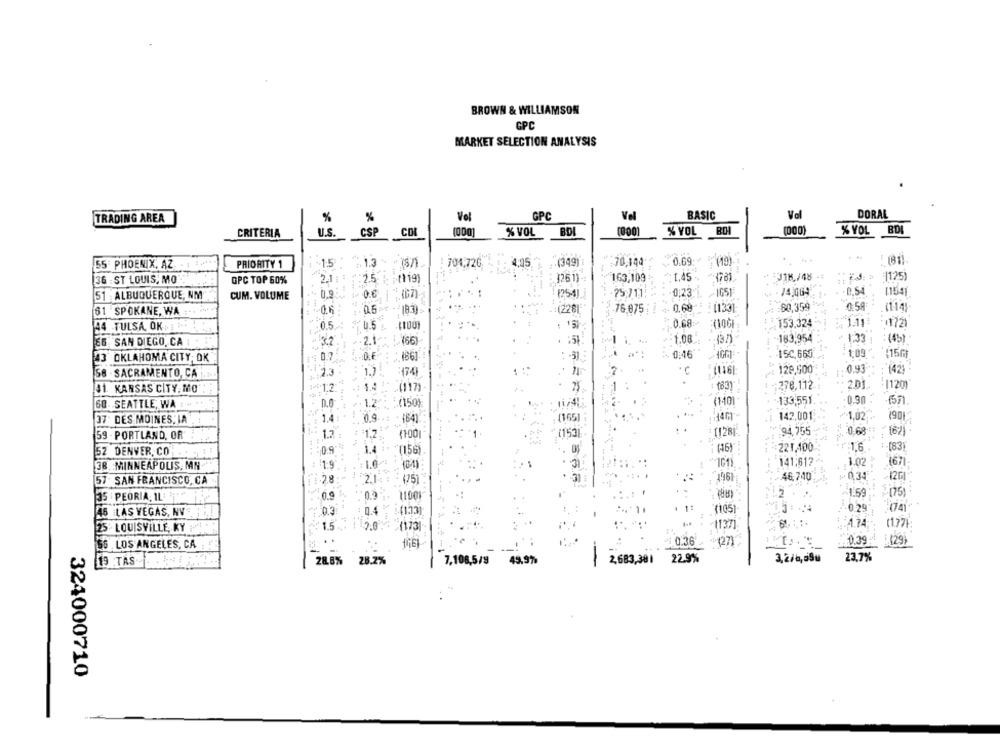
BROWN & WILLIAMSON
GPC
MARKET SELECTION ANALYSIS
%
%
Vel
GPC
Vel
BASIC
Vol
DORAL
TRADING AREA
CRITERIA
U.S.
CSP
(000]
% VOL
BDI
(000]
% VOL
(000)
% YOL
BDI
: - 4,05.
:- (349)
-70,144
0.69
55 PHOENIX, AZ
PRIORITY 1
15: 13 8/
: 704.726
....
163,109
- : 318./48
:125)
36 - ST LOUIS, MO
OPC TOP 60%
2.1 : : : : 2.5 . ;- (119)
126 1)
25/11
1657
4. - 14,469
-0,54
1154)
51 ALBUQUERQUE, NM
CUM. VOLUME
0,9
1.0.6.1
(67)
....
254]
-0,23
0.68
:60,359
0:58
(114)
61 SPOKANE, WA
0.6
76,075
(1331
153,324
44 TULSA, OK
.0.5:
U.5
0.68
+1721
EG SAN DIEGO, CA
3.2
.2.1 : 1. (66)
-1.08
(3/)
183,954
1:33
:(45]
1:09
$15G)
43 OKLAHOMA CITY; OK
~ 0:46
15C, 665
58 - SACRAMENTO, CA
1.3
:
1.7
129,500
0.93
1423
41. KANSAS CITY. MO"
12
.: 1.4
017
(83)
276.1.12
1120
60. SEATTLE, WA :
(150)
11/47
140)
133,551
0.90 :
1571 .
37 DES MOINES. IA
464)
165)
14GT
142,001
-1,02
1901
59 - PORTLAND, OR
1.2
153
[128]
.94,755
0.68
1621
09
:(156)
(6)
:221,100
:1.6
52 DENVER, CO
38. . MINNEAPOLIS, MN
1:9
101)
141,612
1.02
1671
57 SAN FRANCISCO, CA
1 1.2.8:
31
196
46.740
-0,34
. . 0.9
0.9
2
1.59
(75)
35 PEORIA, IL
:03
(105)
0.29
(74)
46 LAS VEGAS, NV
: 0.4
1.5 ...
2.0
1177)
25· LOUISVILLE, KY
(173
11:37
..
¥(27
0.39
56 LOS ANGELES, CA.
036
(29)
19 TAS
28.8%
28.2%
7,108,5/9 49.9%
2,683,381
22.9%
3,2/6,09u
23,7%
324000710